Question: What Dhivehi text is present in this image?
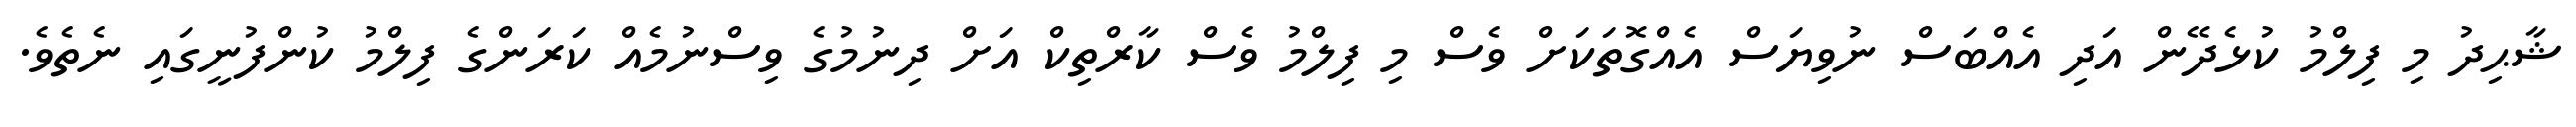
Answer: ޝާޙިދު މި ފިލްމު ކުޅެދޭން އަދި އެއްބަސް ނުވިޔަސް އެއްގޮތަކަށް ވެސް މި ފިލްމު ވެސް ކާރްތިކް އަށް ދިނުމުގެ ވިސްނުމެއް ކަރަންގެ ފިލްމު ކުންފުނީގައި ނެތެވެ.